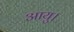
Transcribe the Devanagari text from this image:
आयु।